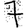
Digit: 7